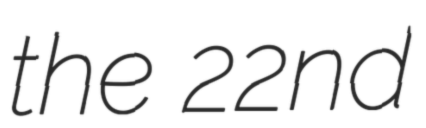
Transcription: the 22nd